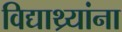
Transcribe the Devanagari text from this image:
विद्याथ्र्यांना